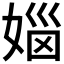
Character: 𪦅